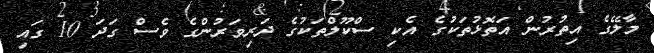
މާލޭގެ އިތުރުން އަތޮޅުތަކުގެ އެކި ސްކޫލްތަކުގެ ދަރިވަރުންގެ ވެސް ގަދަ 10 ގައި